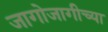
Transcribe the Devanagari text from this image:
जागोजागीच्या